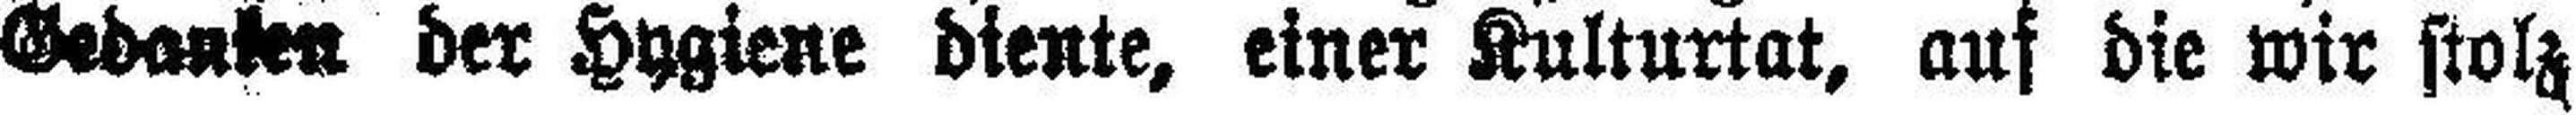
Gedanken der Hygiene diente, einer Kulturtat, auf die wir stolz